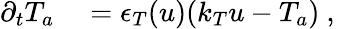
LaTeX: \begin{array}{rl}{\partial_{t}T_{a}}&{{}=\epsilon_{T}(u)(k_{T}u-T_{a})\mathrm{~,~}}\end{array}